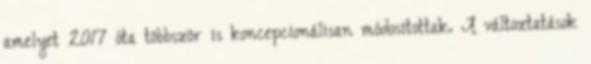
amelyet 2017 óta többször is koncepcionálisan módosítottak. A változtatások